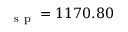
_ \mathrm { ~ s ~ p ~ } = 1 1 7 0 . 8 0